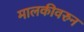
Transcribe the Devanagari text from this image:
मालकीवरुन